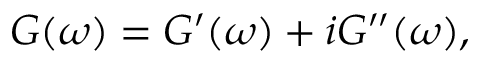
\begin{array} { r } { G ( \omega ) = G ^ { \prime } ( \omega ) + i G ^ { \prime \prime } ( \omega ) , } \end{array}